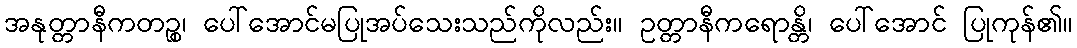
အနုတ္တာနီကတဉ္စ၊ ပေါ်အောင်မပြုအပ်သေးသည်ကိုလည်း။ ဥတ္တာနီကရောန္တိ၊ ပေါ်အောင် ပြုကုန်၏။